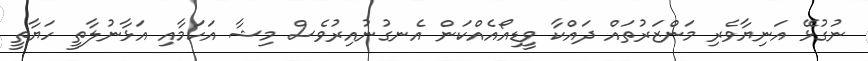
ނުގުޅޭ އަނިޔާވެރި މަންޒަރުތައް ދައްކާ ވީޑިއޯއެއްކަން އެނގުނުއިރުވެސް މިޝާ އަކަމާއި އަޅާނުލާތީ ހަޔާތީ